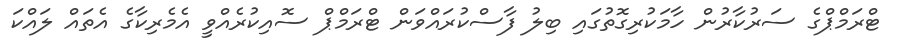
ޓްރަމްޕްގެ ސަރުކާރުން ހާމަކުރިގޮތުގައި ބިލު ފާސްކުރައްވަން ޓްރަމްޕް ސޮއިކުރެއްވީ އެމެރިކާގެ އެތައް ލައްކަ